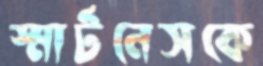
স্মার্টনেসকে